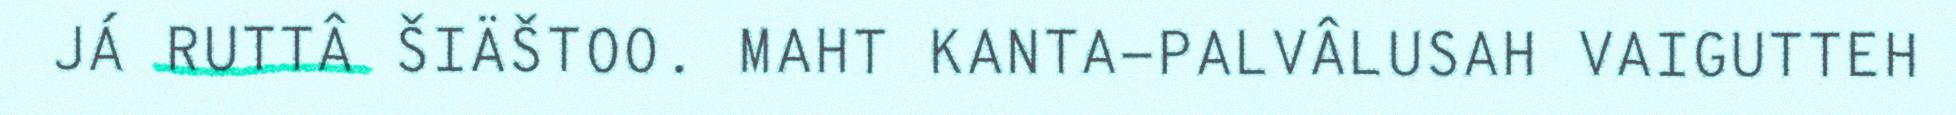
JÁ RUTTÂ ŠIÄŠTOO. MAHT KANTA-PALVÂLUSAH VAIGUTTEH